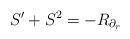
LaTeX: \begin{align*}S' + S^2 = - R_{\partial_r}\end{align*}